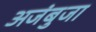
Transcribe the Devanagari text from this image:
अजंबुजा